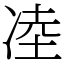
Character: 㓐